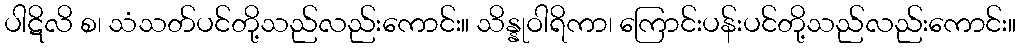
ပါဋိလိ စ၊ သံသတ်ပင်တို့သည်လည်းကောင်း။ သိန္နုဝါရိကာ၊ ကြောင်းပန်းပင်တို့သည်လည်းကောင်း။